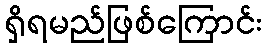
ရှိရမည်ဖြစ်ကြောင်း